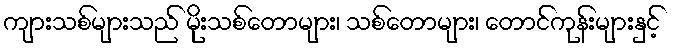
ကျားသစ်များသည် မိုးသစ်တောများ၊ သစ်တောများ၊ တောင်ကုန်းများနှင့်